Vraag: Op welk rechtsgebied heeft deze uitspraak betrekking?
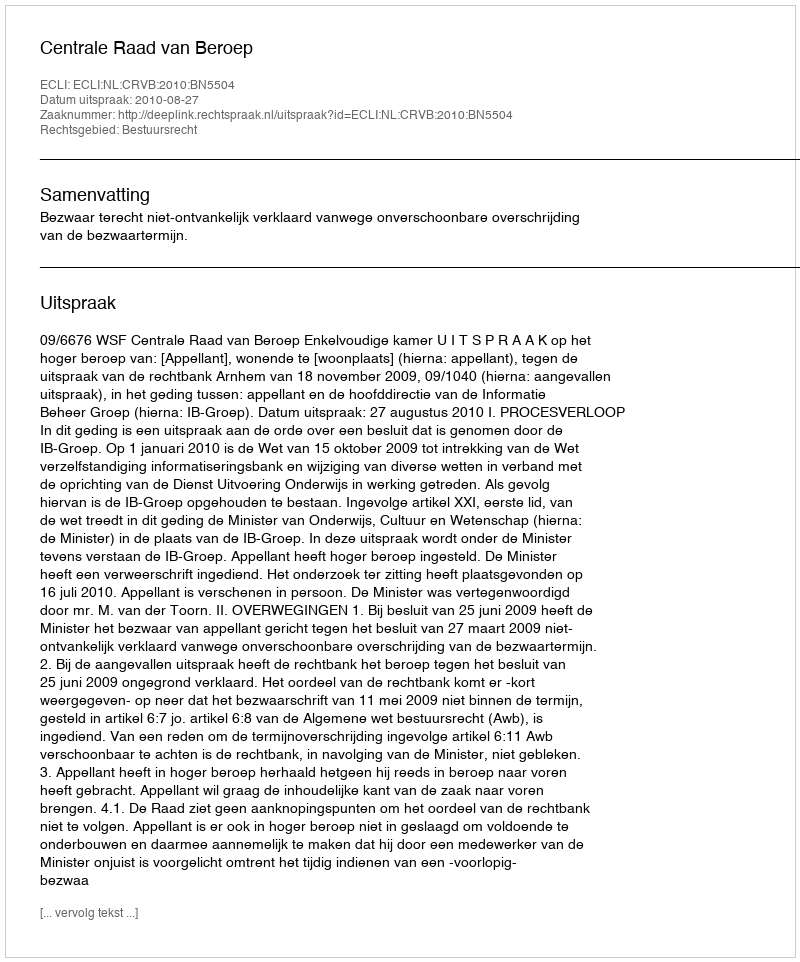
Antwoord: Bestuursrecht